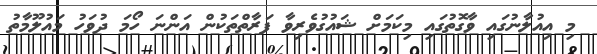
މި އިއުލާނުގައި ވާގޮތުގައި މިކަމަށް ޝައުގުވެރިވާ ފަރާތްތަކުން އަންނަ ހޯމަ ދުވަހު މައުލޫމާތު